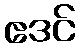
ဧဒင်